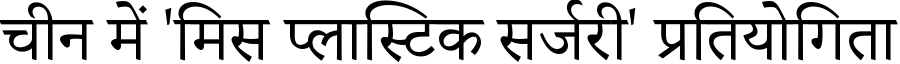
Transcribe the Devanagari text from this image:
चीन में 'मिस प्लास्टिक सर्जरी' प्रतियोगिता